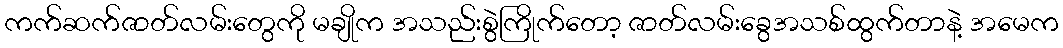
ကက်ဆက်ဇာတ်လမ်းတွေကို မချိုက အသည်းစွဲကြိုက်တော့ ဇာတ်လမ်းခွေအသစ်ထွက်တာနဲ့ အမေက